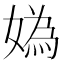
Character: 媯